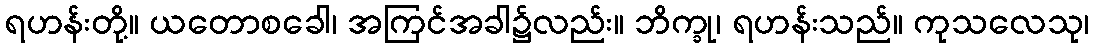
ရဟန်းတို့။ ယတောစခေါ၊ အကြင်အခါ၌လည်း။ ဘိက္ခု၊ ရဟန်းသည်။ ကုသလေသု၊